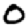
Digit: 0